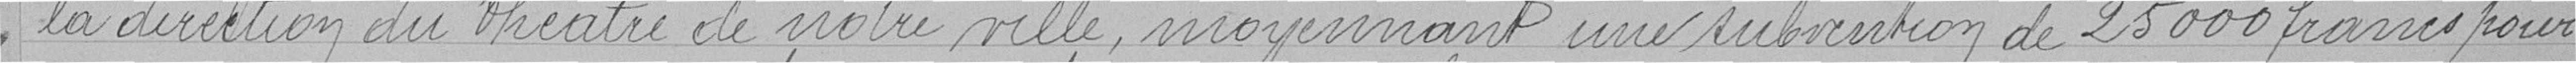
la direction du théâtre de notre ville, moyennant une subvention de 25000 francs pour